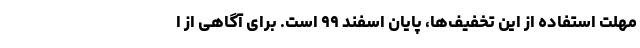
مهلت استفاده از این تخفیف‌ها، پایان اسفند ۹۹ است. برای آگاهی از ا